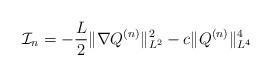
LaTeX: \begin{align*}\mathcal{I}_n=-\frac{L}{2}\|\nabla Q^{(n)}\|_{L^2}^2-c\|Q^{(n)}\|_{L^4}^4\end{align*}